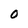
Character: O